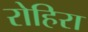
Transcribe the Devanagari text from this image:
रोहिरा